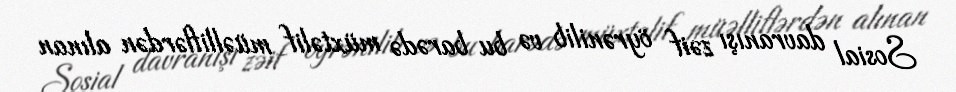
Sosial davranışı zəif öyrənilib və bu barədə müxtəlif müəlliflərdən alınan